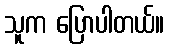
သူက ပြောပါတယ်။